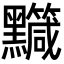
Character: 𪒹